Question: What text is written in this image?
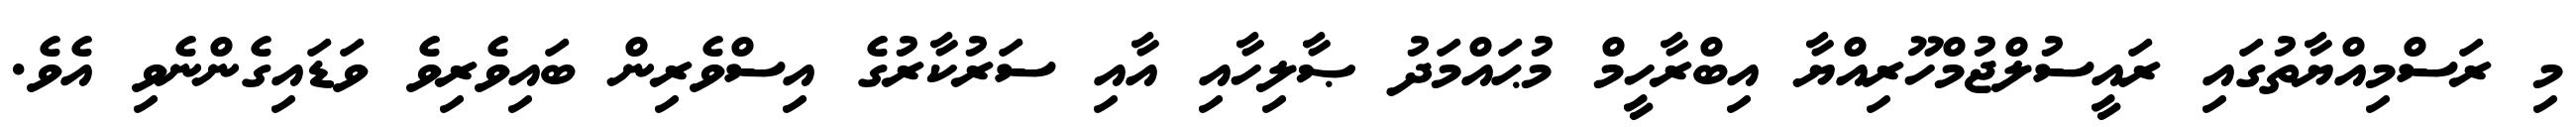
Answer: މި ރަސްމިއްޔާތުގައި ރައީސުލްޖުމްހޫރިއްޔާ އިބްރާހީމް މުޙައްމަދު ޞާލިހާއި އާއި ސަރުކާރުގެ އިސްވެރިން ބައިވެރިވެ ވަޑައިގެންނެވި އެވެ.